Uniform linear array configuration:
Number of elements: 16
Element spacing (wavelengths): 0.5
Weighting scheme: hann
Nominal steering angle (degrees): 30
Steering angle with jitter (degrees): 28.334
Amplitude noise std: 0.05
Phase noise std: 0.05

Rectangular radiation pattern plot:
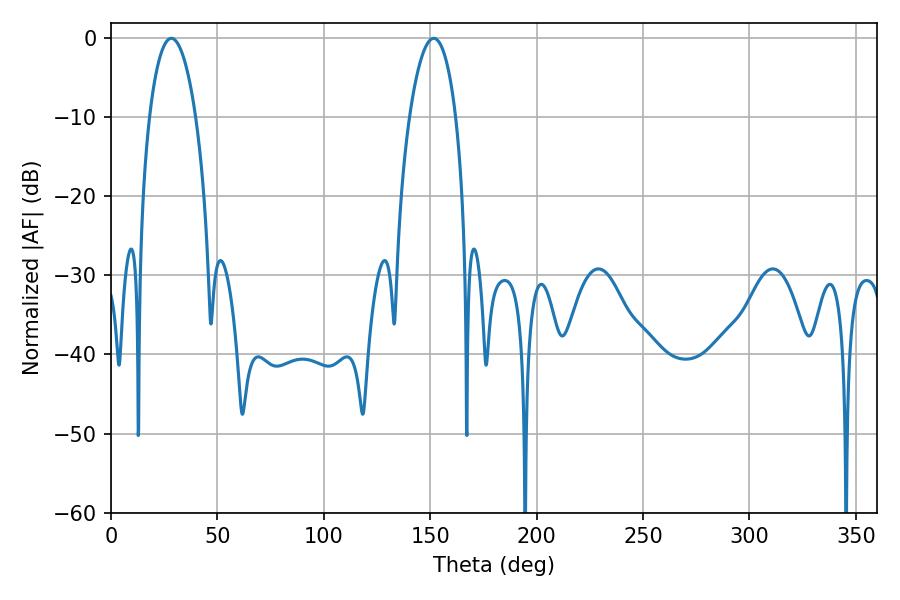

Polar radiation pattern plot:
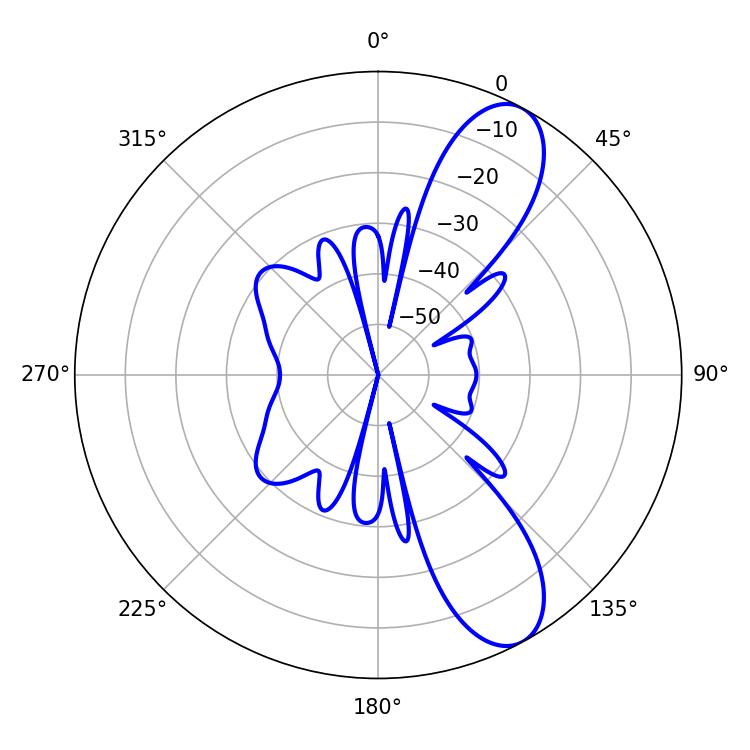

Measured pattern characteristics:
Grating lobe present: FALSE
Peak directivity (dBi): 9.681
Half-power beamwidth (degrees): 12.06
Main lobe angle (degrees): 28.44